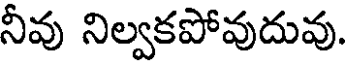
నీవు నిల్వకపోవుదువు.